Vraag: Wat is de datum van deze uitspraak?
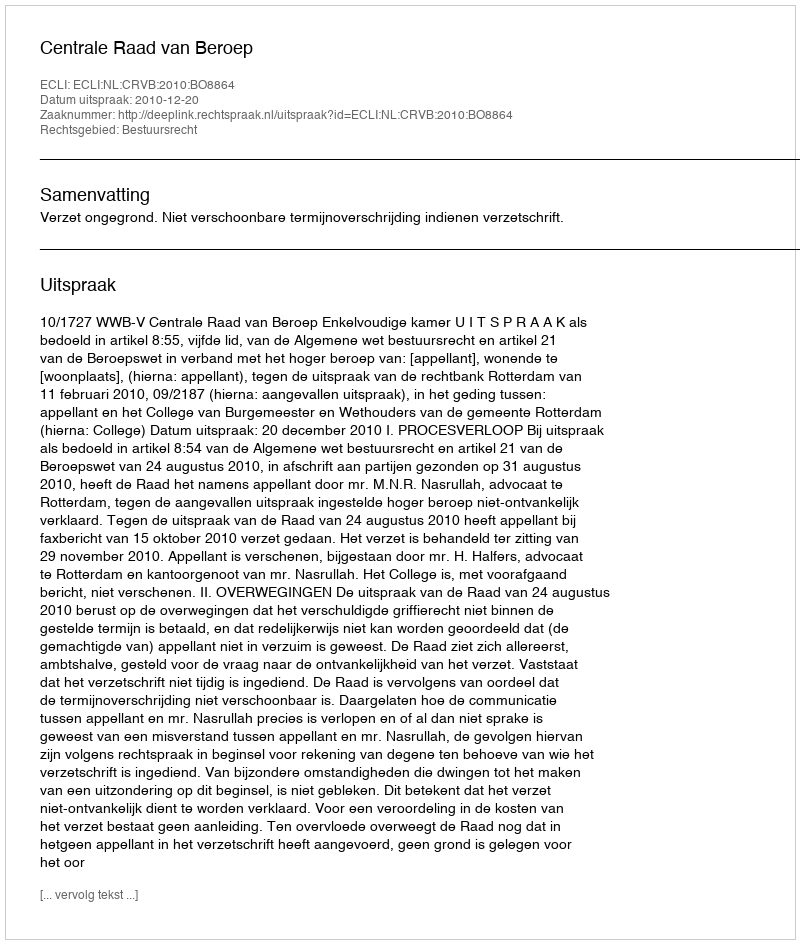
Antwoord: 2010-12-20